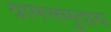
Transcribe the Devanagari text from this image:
ग्रामसमुदाय